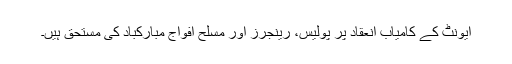
ایونٹ کے کامیاب انعقاد پر پولیس، رینجرز اور مسلح افواج مبارکباد کی مستحق ہیں۔